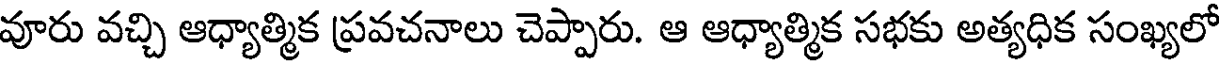
వూరు వచ్చి ఆధ్యాత్మిక ప్రవచనాలు చెప్పారు. ఆ ఆధ్యాత్మిక సభకు అత్యధిక సంఖ్యలో